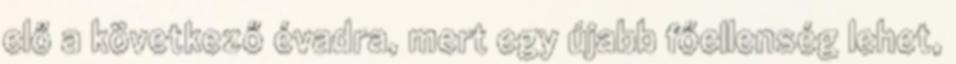
elő a következő évadra, mert egy újabb főellenség lehet,